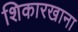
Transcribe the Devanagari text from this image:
शिकारखाना